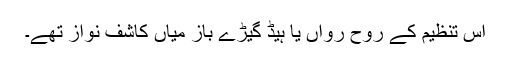
اس تنظیم کے روح رواں یا ہیڈ گیڑے باز میاں کاشف نواز تھے۔